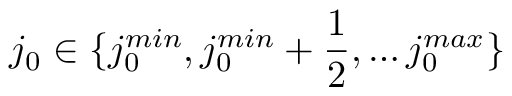
j _ { 0 } \in \{ j _ { 0 } ^ { m i n } , j _ { 0 } ^ { m i n } + \frac { 1 } { 2 } , \dots j _ { 0 } ^ { m a x } \}